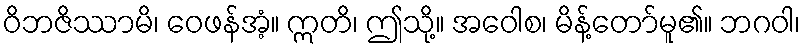
ဝိဘဇိဿာမိ၊ ဝေဖန်အံ့။ ဣတိ၊ ဤသို့။ အဝေါစ၊ မိန့်တော်မူ၏။ ဘဂဝါ၊